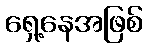
ရှေ့နေအဖြစ်